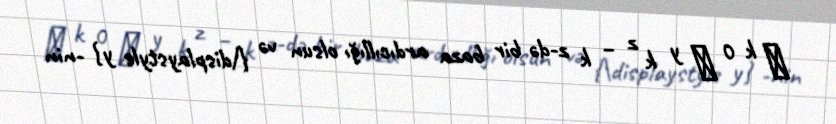
∑ k 0 ∞ y k z − k z-də bir baza ardıcıllığı olsun və {\displaystyle y} -nin